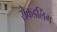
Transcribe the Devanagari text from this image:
रोकडलिंग